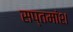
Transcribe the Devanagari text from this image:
सप्तमांश